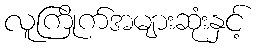
လူကြိုက်အများဆုံးနှင့်